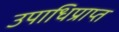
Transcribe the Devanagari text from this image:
उपाधिप्राप्त